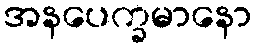
အနပေက္ခမာနော